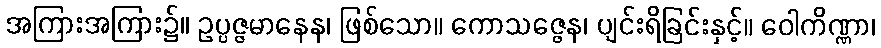
အကြားအကြား၌။ ဥပ္ပဇ္ဇမာနေန၊ ဖြစ်သော။ ကောသဇ္ဇေန၊ ပျင်းရိခြင်းနှင့်။ ဝေါကိဏ္ဏာ၊